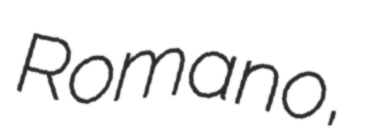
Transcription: Romano,